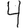
Digit: 4